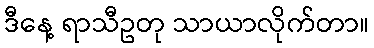
ဒီနေ့ ရာသီဥတု သာယာလိုက်တာ။